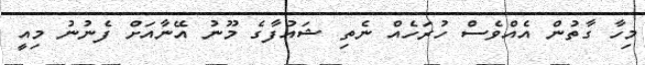
މިހާ ގާތުން އެއްވެސް ހުރަހެއް ނެތި ޝައުފާގެ މޫނު އޭނާއަށް ފެނުނު މިއީ